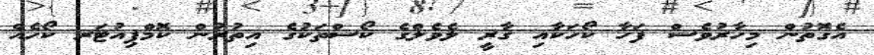
އެގޮތުން މިހާރުވެސް ފަހާ ކޯހަކާއި ޤާރީ ލެވެލްގެ ކޯސްތަކުގެ އިތުރުން ކޮމްޕިއުޓަރ ކޯހެއް